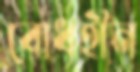
বোধহীন